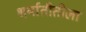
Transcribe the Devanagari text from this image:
शर्यातीतीला